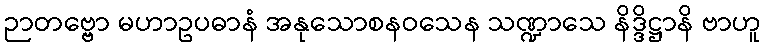
ဉာတဗ္ဗော မဟာဥပဓာနံ အနုသောစနဝသေန သဏ္ဍာသေ နိဒ္ဒိဋ္ဌာနိ ဗာဟူ